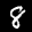
Label: 8